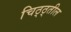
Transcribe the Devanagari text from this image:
चिठ्ठ्तील